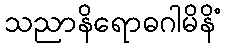
သညာနိရောဓဂါမိနိံ